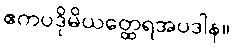
ဧကပဒိုမိယတ္ထေရအပဒါန။